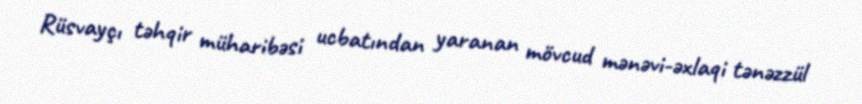
Rüsvayçı təhqir müharibəsi ucbatından yaranan mövcud mənəvi-əxlaqi tənəzzül